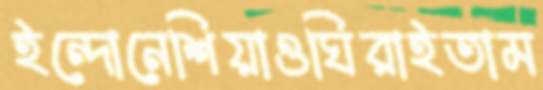
ইন্দোনেশিয়াওঘিরাইতাম